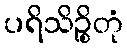
ပရိသိဉ္စိတုံ